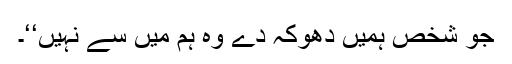
جو شخص ہمیں دھوکہ دے وہ ہم میں سے نہیں‘‘۔